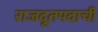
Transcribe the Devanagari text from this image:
राजदूतपदाची